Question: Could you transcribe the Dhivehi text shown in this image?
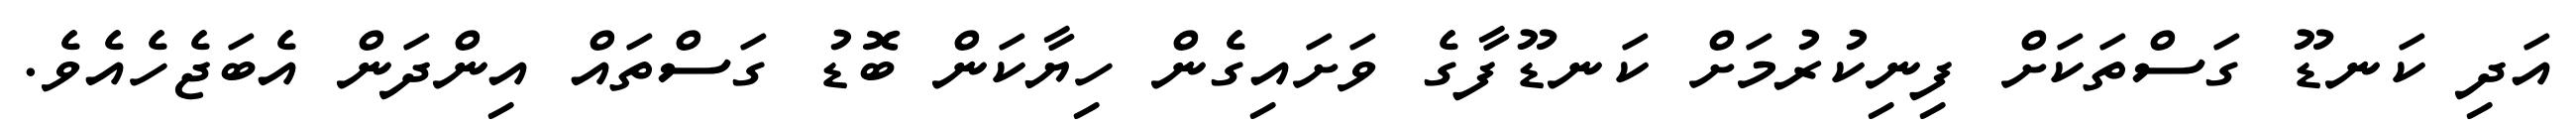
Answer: އަދި ކަނޑޫ ގަސްތަކަށް ފިނިކުރުމަށް ކަނޑޫފާގެ ވަށައިގެން ހިޔާކަން ބޮޑު ގަސްތައް އިންދަން އެބަޖެހެއެވެ.